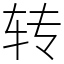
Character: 转